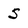
Character: 5